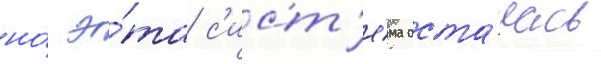
но́ э́та с'ист'е́ма оста́лась